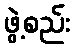
ဖွဲ့စည်း